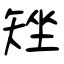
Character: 矬